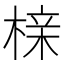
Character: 榇